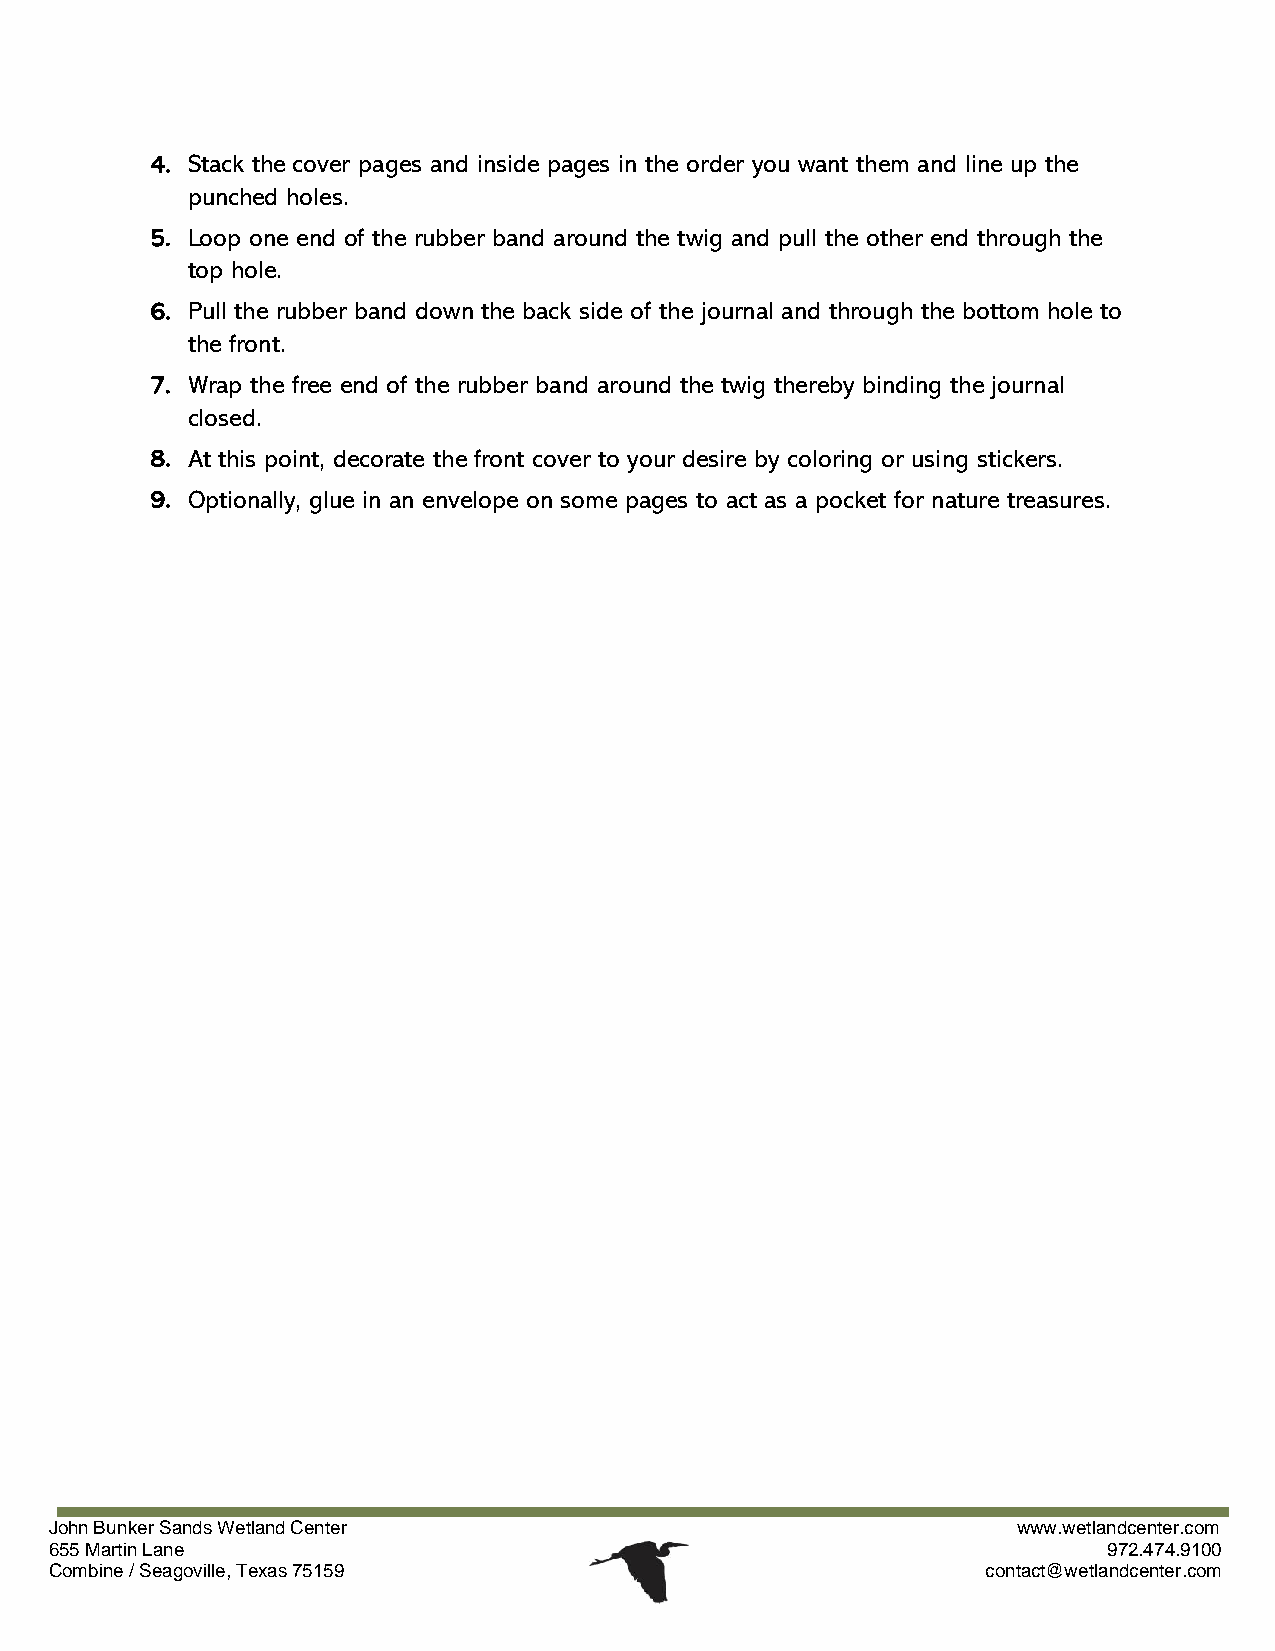
4. Stack the cover pages and inside pages in the order you want them and line up the
 punched holes.
 5. Loop one end of the rubber band around the twig and pull the other end through the
 top hole.
 6. Pull the rubber band down the back side of the journal and through the bottom hole to
 the front.
 7. Wrap the free end of the rubber band around the twig thereby binding the journal
 closed.
 8. At this point, decorate the front cover to your desire by coloring or using stickers.
 9. Optionally, glue in an envelope on some pages to act as a pocket for nature treasures.
 J oh n Bunker Sands Wetland Center                              www.wetlandcenter.com
 655 Martin Lane                                                       972.474.9100
 Combine / Seagoville, Texas 75159                             contact@wetlandcenter.com